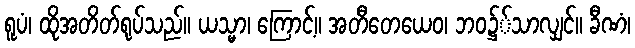
ရူပံ၊ ထိုအတိတ်ရုပ်သည်။ ယသ္မာ၊ ကြောင့်။ အတီတေယေဝ၊ ဘဝ၌်သာလျှင်။ ခီဏံ၊